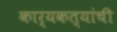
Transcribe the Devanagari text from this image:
कार्यकत्यांची